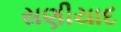
સણીયાદ